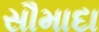
સૌમાદા